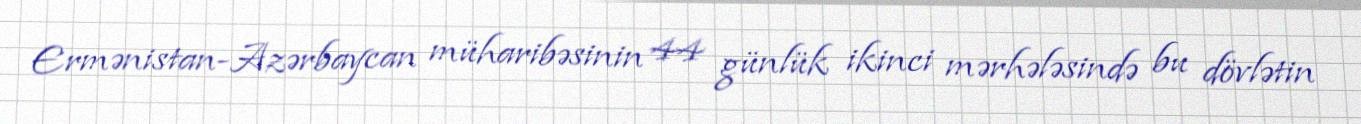
Ermənistan-Azərbaycan müharibəsinin 44 günlük ikinci mərhələsində bu dövlətin